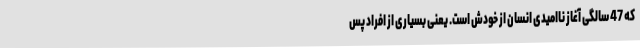
که 47 سالگی آغاز ناامیدی انسان از خودش است. یعنی بسیاری از افراد پس